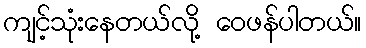
ကျင့်သုံးနေတယ်လို့ ဝေဖန်ပါတယ်။